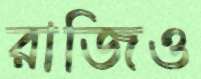
রাজিও